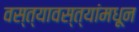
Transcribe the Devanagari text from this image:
वस्त्यावस्त्यांमधून